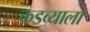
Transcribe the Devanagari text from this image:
कडव्याला